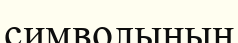
символының